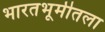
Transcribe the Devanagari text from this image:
भारतभूमीतला